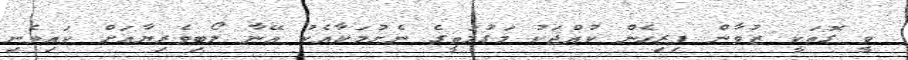
ވީ ގޮތަކީ ޒުވާން ފިރިހެން ކުއްޖަކު މަގުމަތީގެ ނެށުމަކާއެކު އޭނާ ލޯބިވެރިޔާއަށް ކައިވެނި